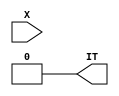
module JIS13NN(X, IT);
input   X;
output  IT;
wire	ENC ;
wire	tmg1m1n_out_ ;
wire	bscn_xd0 ;
wire	bscn_d0 ;
wire	bscn_xd1 ;
wire	bscn_d1 ;
wire	tmg2m3n_x ;
wire	out_buf_a ;
wire	out_buf_b ;
wire	out_buf_en ;
  not		g1(ENC, 1'b1) ;
  not		g2(tmg1m1n_out_, 1'b0) ;
  and		g3(bscn_xd0, ENC, 1'b0) ;
  or		g4(bscn_d0, 1'b1, tmg1m1n_out_) ;
  or		g5(bscn_xd1, 1'b1, 1'b0) ;
  and		g6(bscn_d1, ENC, tmg1m1n_out_) ;
  not		g7(tmg2m3n_x, X) ;
  not		g8(IT, tmg2m3n_x) ;
  not		g9(out_buf_a, bscn_xd0) ;
  not		g10(out_buf_b, bscn_xd1) ;
  xor		g11(out_buf_en, out_buf_a, out_buf_b) ;
  notif0	g12(X, out_buf_a, out_buf_en) ;
endmodule